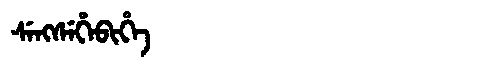
Manchu: ᠰᡝᠩᠰᡝᡥᡝᠪᡳᡥᡝ
Romanization: SENGSEHEBIHE